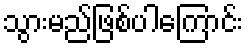
သွားမည်ဖြစ်ပါကြောင်း